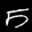
Label: 5